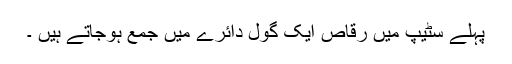
پہلے سٹیپ میں رقاص ایک گول دائرے میں جمع ہوجاتے ہیں ۔